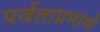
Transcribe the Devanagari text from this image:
पर्वताप्रमाणे